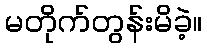
မတိုက်တွန်းမိခဲ့။